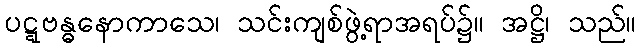
ပဋ္ဋဗန္ဓနောကာသေ၊ သင်းကျစ်ဖွဲ့ရာအရပ်၌။ အဋ္ဌိ၊ သည်။